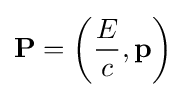
\mathbf {P} =\left({\frac {E}{c}},\mathbf {p} \right)